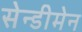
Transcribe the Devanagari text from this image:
सेन्डीमेन